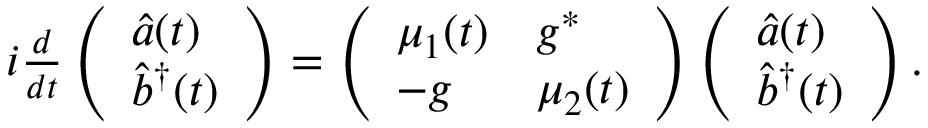
\begin{array} { r } { i \frac { d } { d t } \left( \begin{array} { l } { { \hat { a } } ( t ) } \\ { { \hat { b } } ^ { \dagger } ( t ) } \end{array} \right) = \left( \begin{array} { l l } { \mu _ { 1 } ( t ) } & { g ^ { * } } \\ { - g } & { \mu _ { 2 } ( t ) } \end{array} \right) \left( \begin{array} { l } { { \hat { a } } ( t ) } \\ { { \hat { b } } ^ { \dagger } ( t ) } \end{array} \right) . } \end{array}